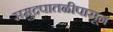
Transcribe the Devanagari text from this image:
समुद्रपातळीपासून